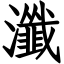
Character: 瀸